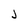
Character: J